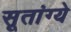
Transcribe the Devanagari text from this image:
सूतांग्ये